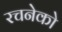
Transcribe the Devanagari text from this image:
रचनेको